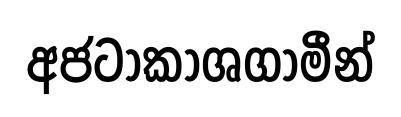
අජටාකාශගාමීන්